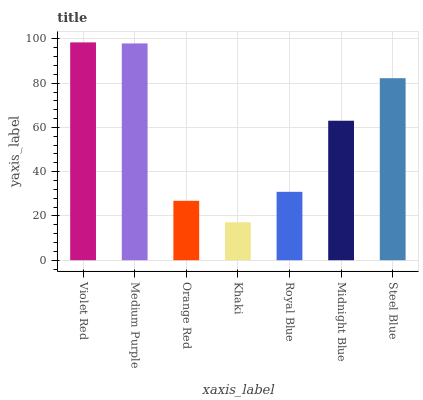
| xaxis_label | bars |
 | --- | --- |
 | Violet Red | 98.4 |
 | Medium Purple | 98 |
 | Orange Red | 26.8 |
 | Khaki | 17.1 |
 | Royal Blue | 30.9 |
 | Midnight Blue | 63 |
 | Steel Blue | 82.2 |